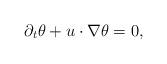
LaTeX: \begin{align*} \partial_t \theta+ u\cdot\nabla \theta=0, \end{align*}